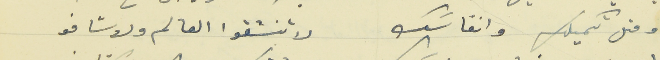
ومتل تكميلك وانفاسَك                                     لا تنشقوا العالم ولاشافو